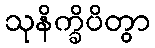
သုနိက္ခိပိတွာ